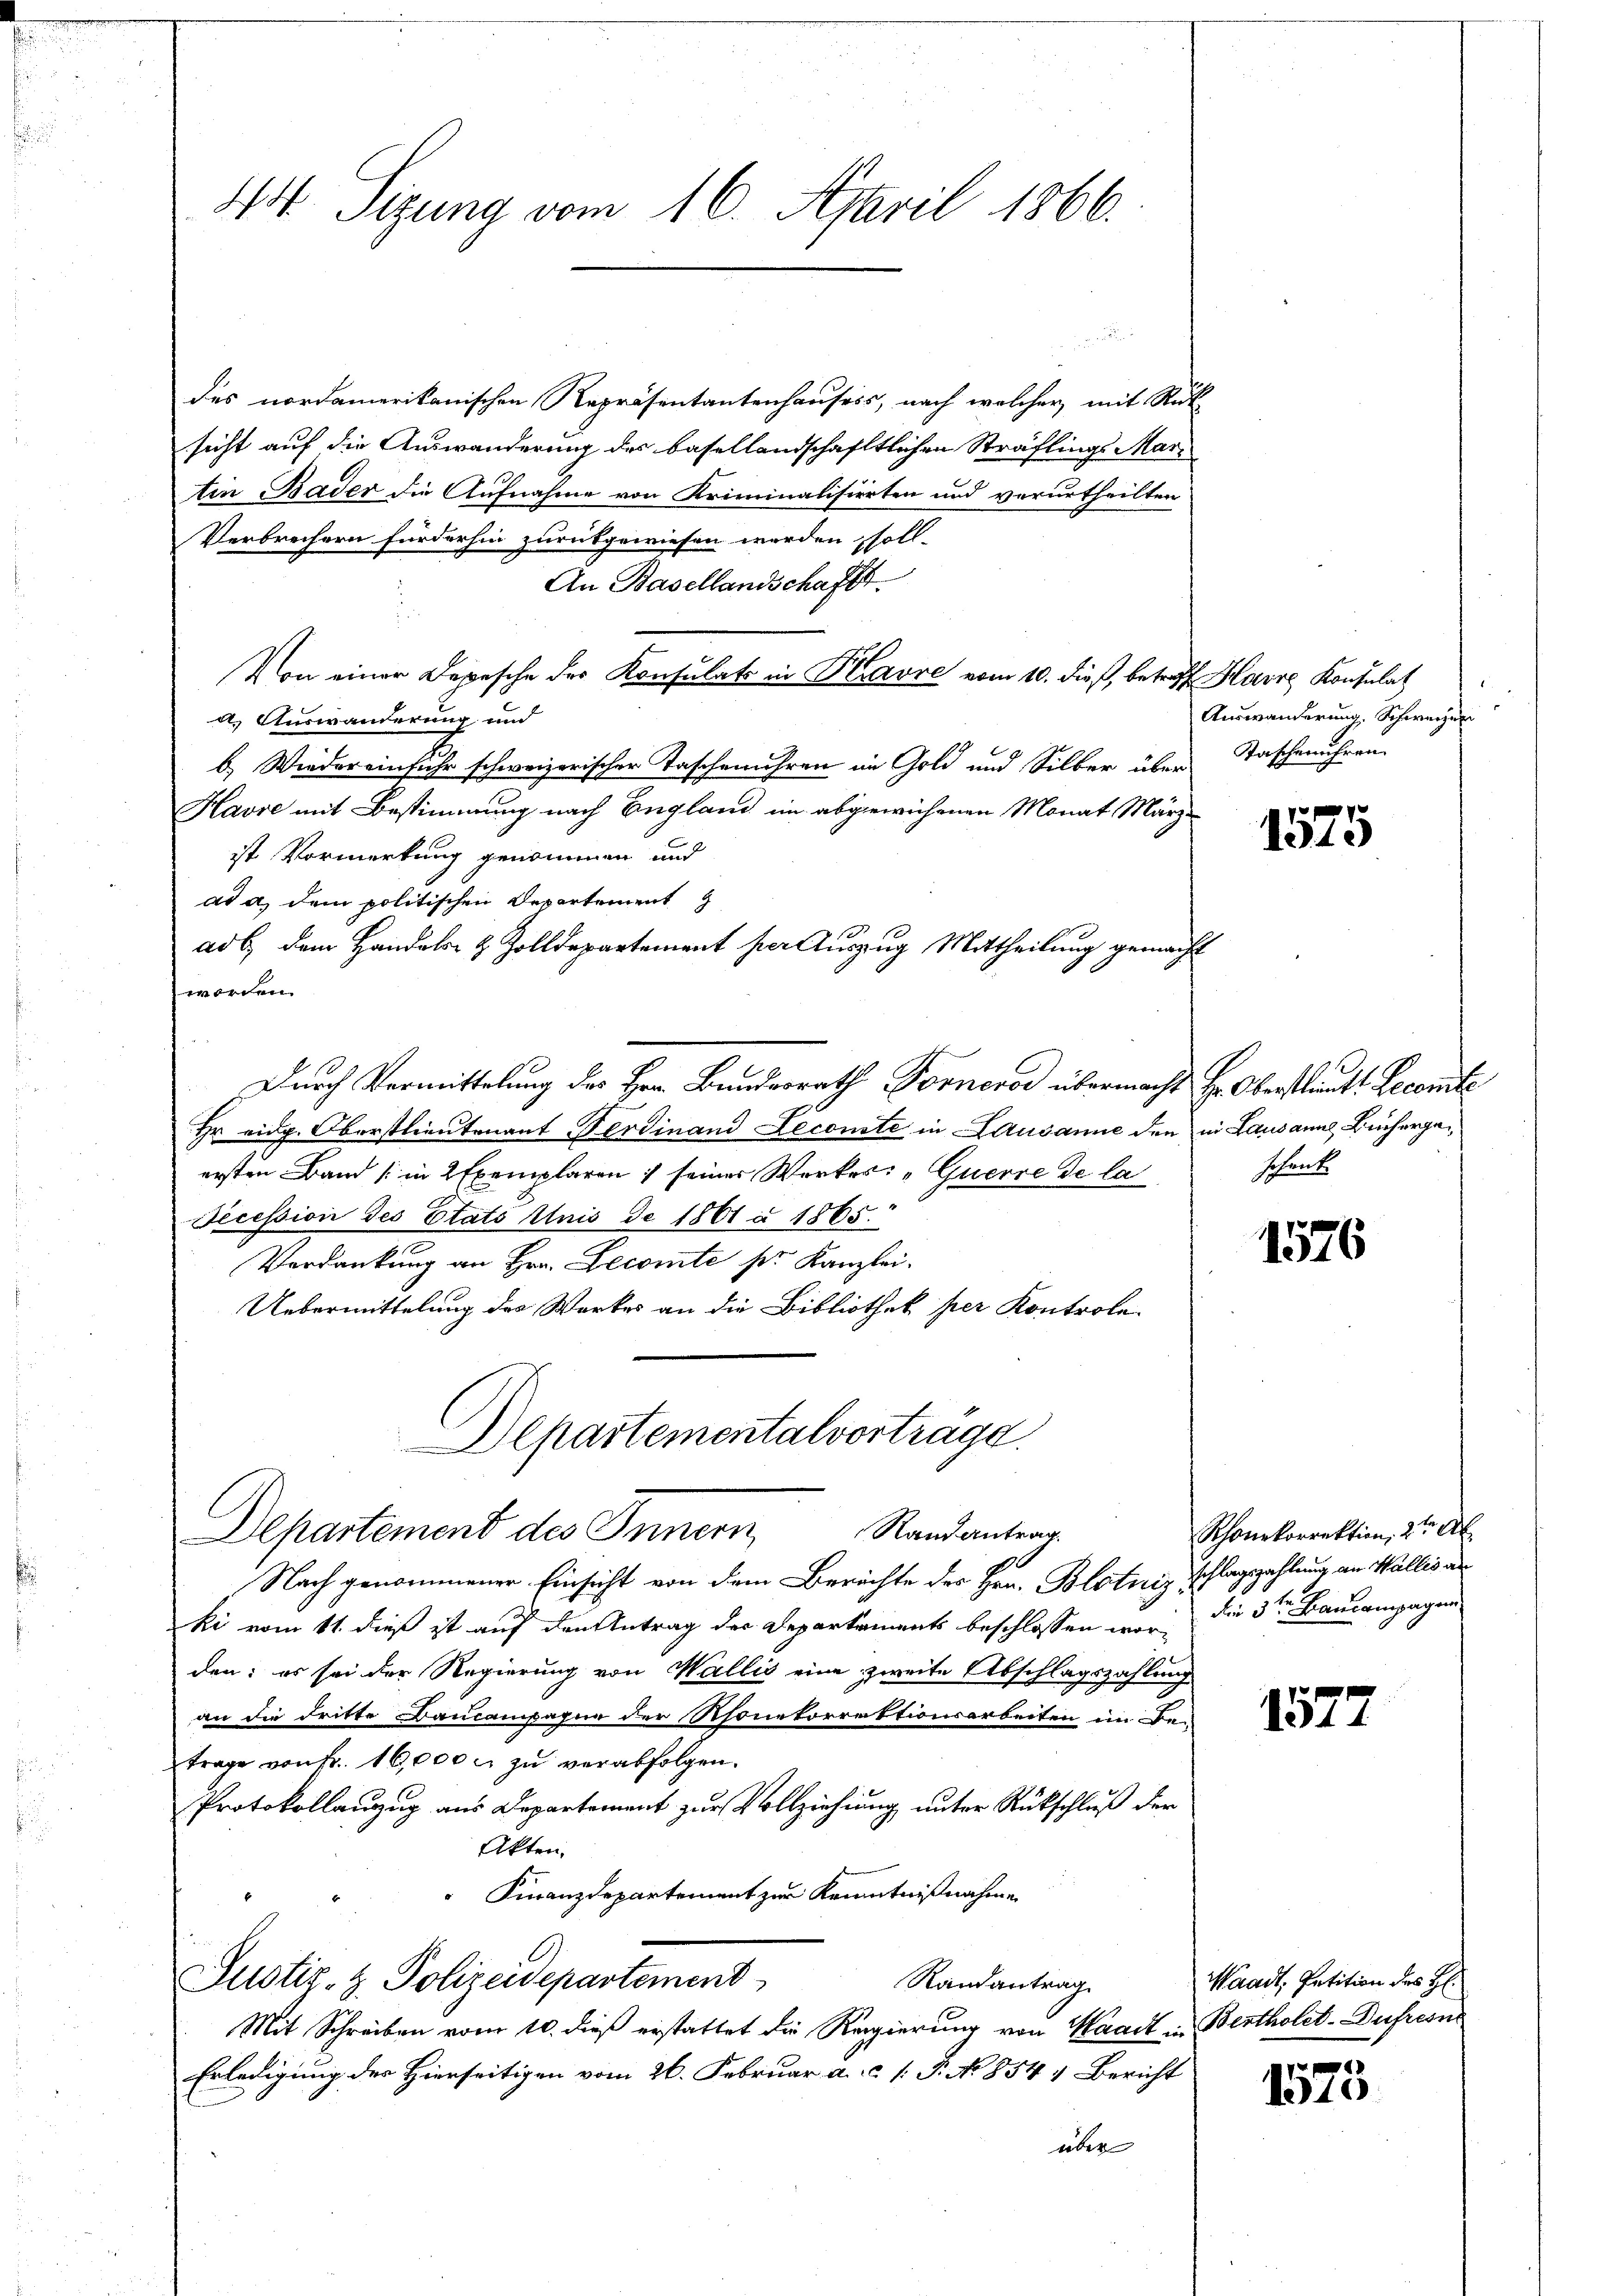
44. Sizung vom 16. April 1866.

.
des nordamerikanischen Repräsentantenhauses, nach welcher, mit Rück-
sicht auf die Auswanderung des basellandschaftlichen Sträflings Martin Bader die Aufnahme von Kriminalisierten und verurtheilten
Verbrechern fürderhin zurükgewiesen werden soll-
An Basellandschaft.
Von einer Depesche der Konsulat in Kravre vom 10. dieß, betreff Havre Konsulat
d Auswanderung und
b. Wieder einfuhr schweizerischer Taschenuhren im Gold und Silber über
Havre mit Bestimmung nach England im abgewichenen Monat Märzist Vormerkung genommen und
ad a. dem politischen Departement
ade dem Handels- & Zolldepartement per Auszug Mittheilung gemacht
worden.
Durch Vermittelung des Hrn. Bundesrath Forneros übermacht Hr. Oberstaut. Decemte
Hr eidg. Oberstlieutenant Ferdinand Lecomte in Lausanne den in Lausanne, Liehergeersten Band (in 2 Exemplaren ; seiner Werker: „Querre de la
Secession des Etats Unis de 1861 § 1865.
Verdankung an Hrn. Decomte ser Kanzlei.
Uebermittelung des Werkes an die Bibliothek per Kontrole-
Departementalvertrage.
Randantrag.
Departement des Innern
Nach genommener Einsicht von dem Berichte des Hrn. Blotniz Schlagszahlung an Wallis an
ki vom 11. dieß ist auf den Antrag der Departements beschlossen worden: es sei der Regierung von Wallis eine zweite Abschlagszahlung
an die dritte Baucampapie der Rhonetorrektionsarbeiten im Be-
trage von Fr. 16,000 u. zu verabfolgen.
Protokollanzug aus Departement zur Vollziehung unter Rückschluß der
Akten.
Finanzdepartement zur Kenntnißnahme
Justiz- & Polizeidepartement
Randantrag
Mit Schreiben vom 10. dieß erstattet die Regierung von Waadt in Bertholet-Duhresne
Erledigung der Hierseitigen vom 26. Februar a. ..  P. No 854, Bericht
über

Auswanderung. Schwerzen
Taschenuhren.

1575

schenk.

1576

Rhonekorrektion, 2te A
der 3ten Bauansagen

1577

Waadt, Petition des H:

1573